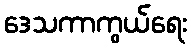
ဒေသကာကွယ်ရေး